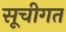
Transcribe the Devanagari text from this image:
सूचीगत